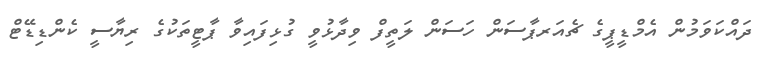
ދައްކަވަމުން އެމްޑީޕީގެ ޗެއަރޕާސަން ހަސަން ލަތީފް ވިދާޅުވީ ގުޅިފައިވާ ޕާޓީތަކުގެ ރިޔާސީ ކެންޑިޑޭޓް